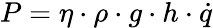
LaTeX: P=\eta\cdot\rho\cdot g\cdot h\cdot{\dot{q}}